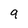
Character: 9